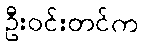
ဦးဝင်းတင်က